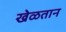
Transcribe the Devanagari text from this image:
खेळतान